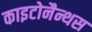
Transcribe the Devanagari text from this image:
काइटोनैन्थस